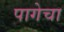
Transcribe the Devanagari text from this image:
पागेचा